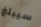
سيبلغ